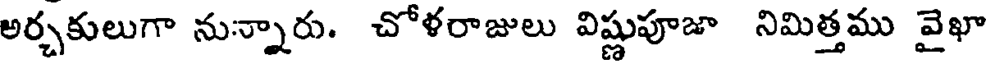
అర్చకులుగా నున్నారు. చోళరాజులు విష్ణుపూజా నిమిత్తము వైఖా